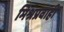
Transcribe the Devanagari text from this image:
मिश्रप्रवाही